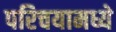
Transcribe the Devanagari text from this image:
परिचयामध्ये